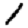
Digit: 1